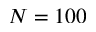
N = 1 0 0